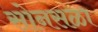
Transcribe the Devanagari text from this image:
सोनसळा